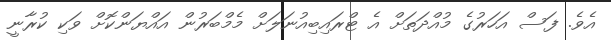
އެވެ. ފަސް އަހަރުގެ މުއްދަތަށް އެ ޓްރައިބިއުނަލަށް މެމްބަރުން އައްޔަންކޮށް ވަކި ކުރާނީ